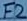
Text: F2